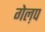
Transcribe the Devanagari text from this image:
गेल़प